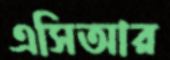
এসিআর